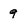
Character: 9